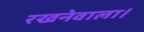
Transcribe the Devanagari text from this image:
रखनेवाला।